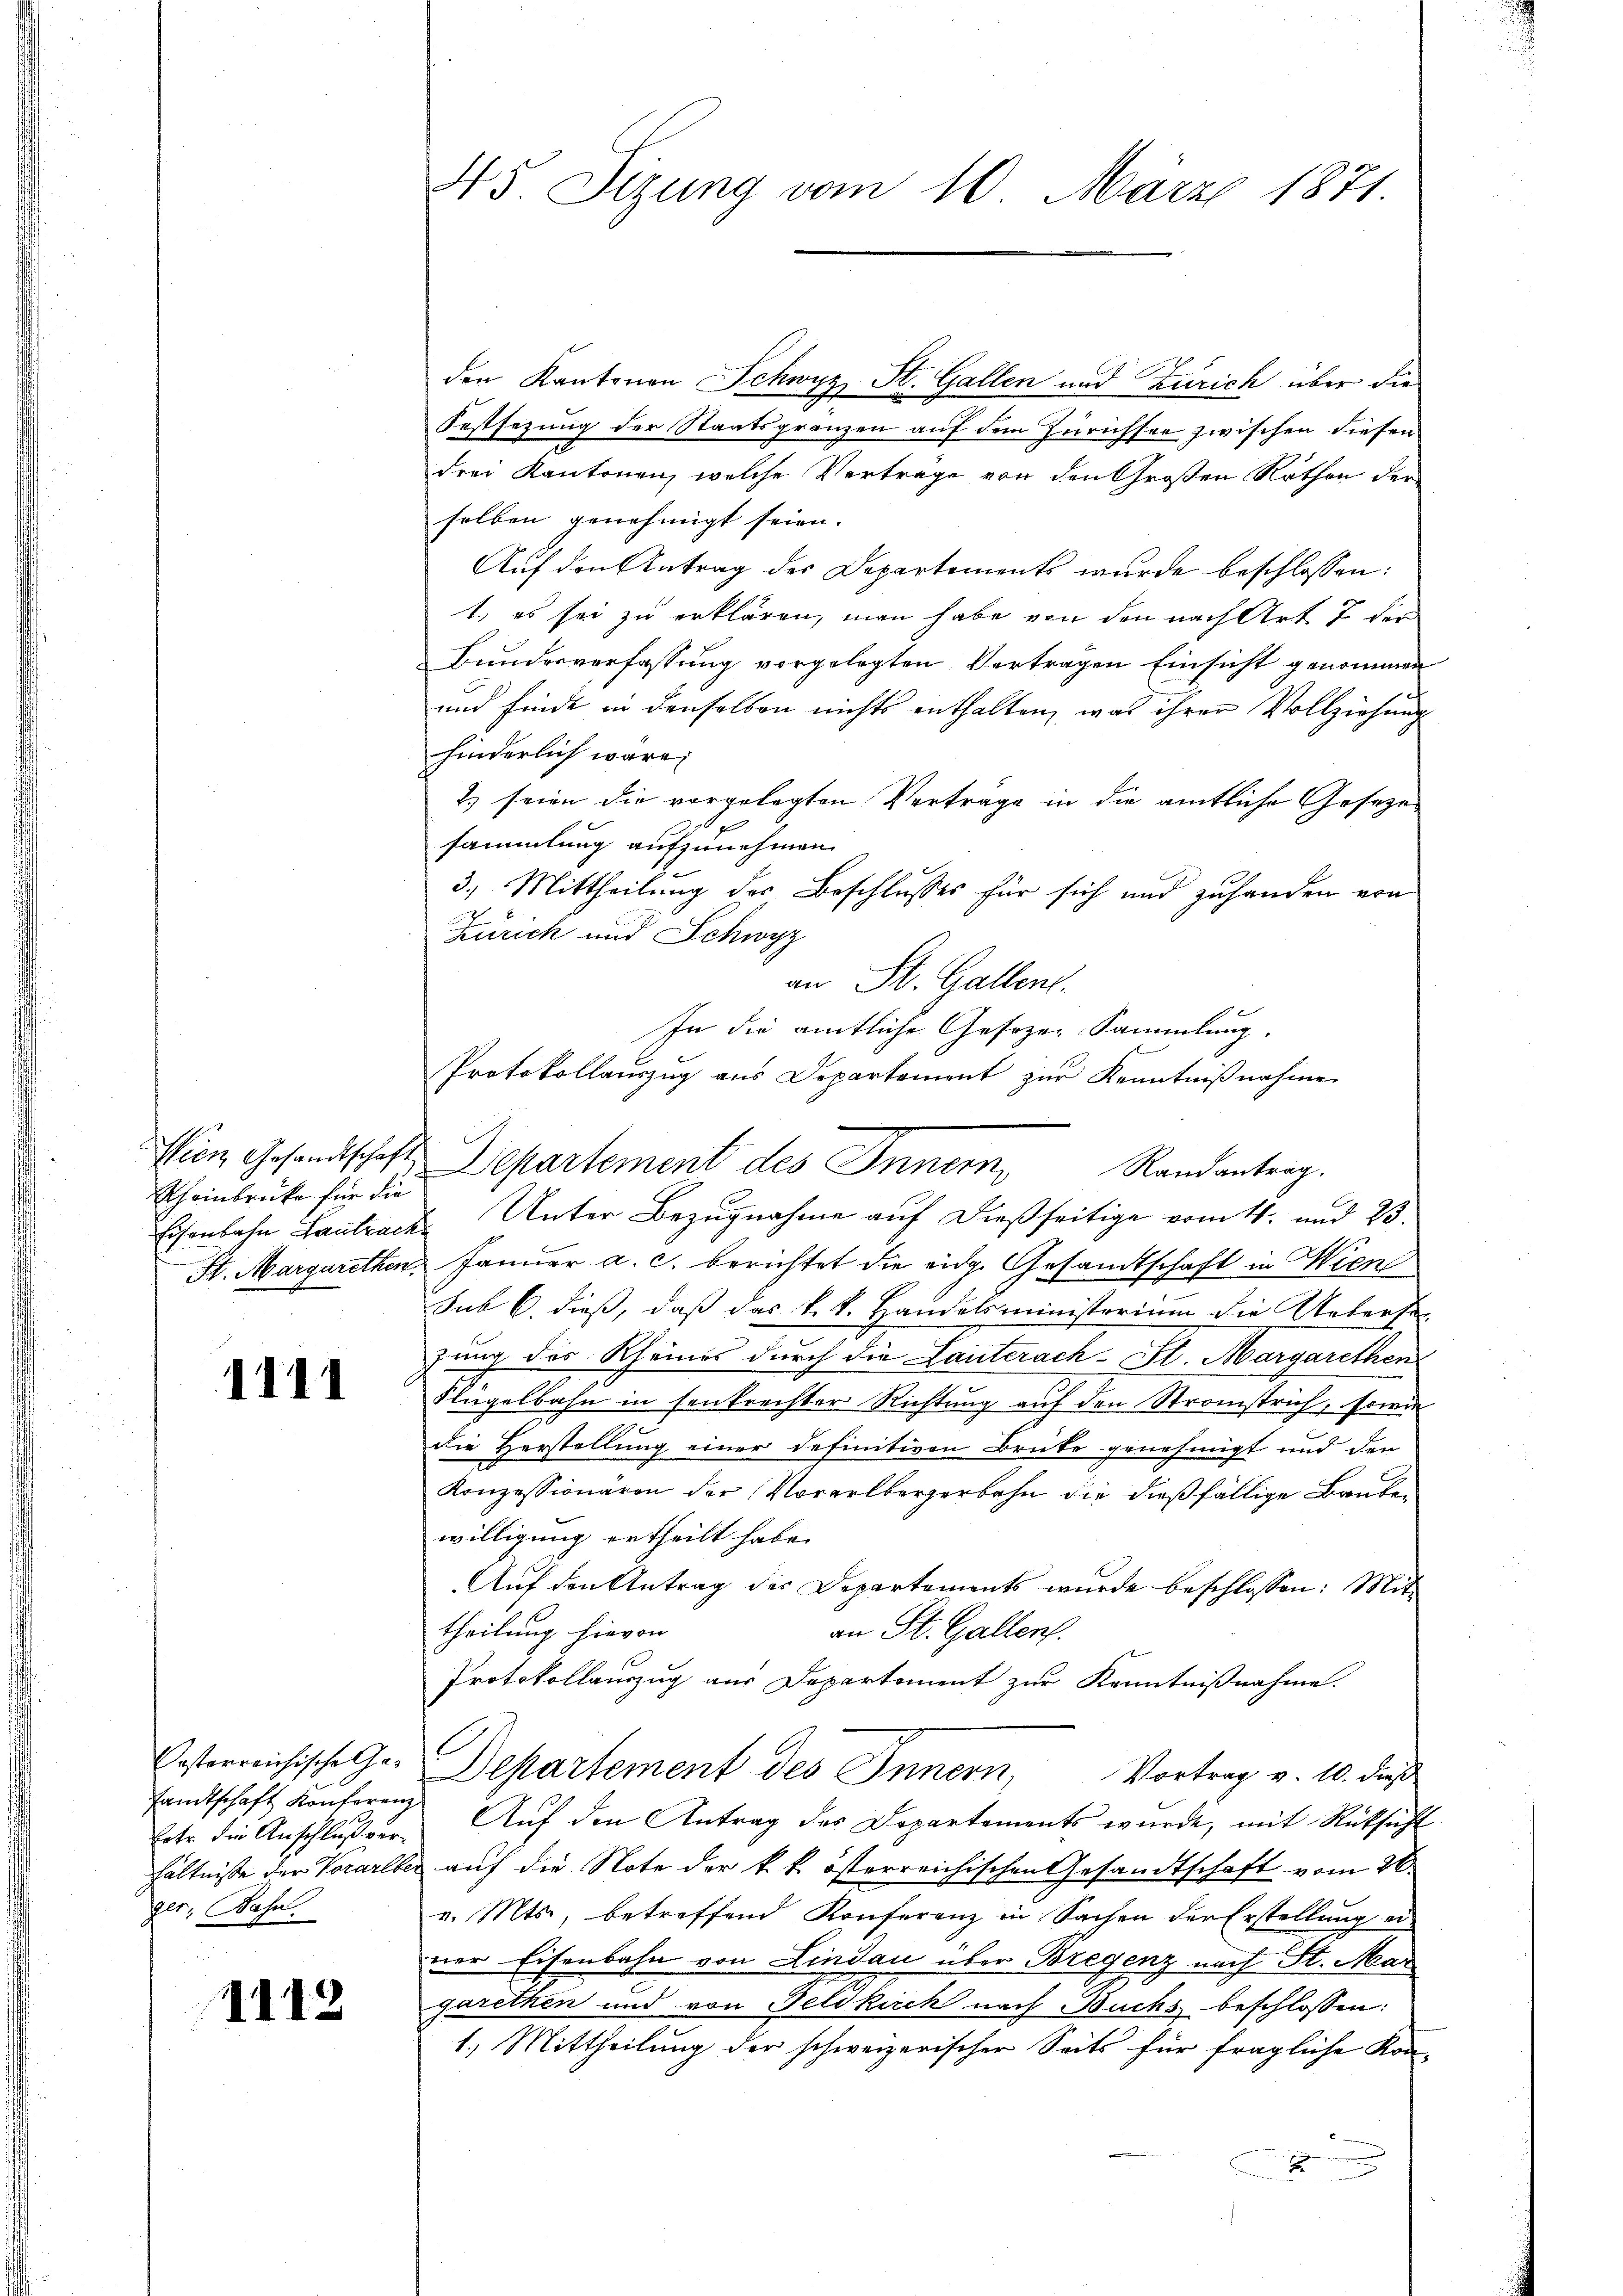
Rheinbrücke für die

1111

sandtschaft Konferenz
Lotr. die Anschlußverger, Bahn.

1112

den Kantonen Schwyz, St. Gallen und Zürich über die
Festsezung der Staatsgränzen auf dem Zürichsee zwischen diesen
drei Kantonen, welche Verträge von den Großen Rathen der
selben genehmigt seien. |
Auf den Antrag der Departements wurde beschlossen:
1., es sei zu erklären, man habe von den nach Art 7 der
Bundesverfassung vorgelegten Vertragen Einsicht genommen
und finde in denselben nichts enthalten, was ihrer Vollziehung
hinderlich wäre,
2) seien die vorgelegten Verträge in die amtliche Gesezes
sammlung aufzunehmen.
3.) Mittheilung des Beschlusses für sich und zuhanden von
Zürich und Schwyz
an St. Gallen.
In die amtliche Gesezen Sammlung.
Protokollauszug aus Departement zur Kenntnißnahme

45. Sizung vom 10. März 1871.

Wien Gesandtschaft Departement des Innern,
Randantrag.
Eisenbahn Lantrack. Unter Bezugnahme auf dießseitige vom 4. und 23.

St. Margarethen Januar a. c. berichtet die eidg. Gesandtschaft in Wien
sub 6. dieß, daß das k.k. Handelsministerium die Ueberse
zung des Rheines durch die Lauterach-St. Margarethen
Flügelbahn in senkrechter Richtung auf den Stromstrich, sowie
die Herstellung einer definitiven Brüte genehmigt und den
Konzessionären der Vorarlbergerbahn die dießfällige Bauben
willigung ertheilt habe.
Auf den Antrag der Departements wurde beschlossen: Mit
an St. Gallen.
theilung hievon
Protokollauszug aus Departement zur Kenntnißnahme.
Posterreichische Gr. Departement des Innern, Vortrag v. 10. dieß
Auf den Antrag des Departements wurde, mit Rücksicht
hältnisse der Vorarlber auf die Note der k. k. österreichischen Gesandtschaft vom 26.
v. Mts., betreffend Konferenz in Sachen der Erstellung ei
ner Eisenbahn von Lindau über Bregenz nach St. Mar
garethen und von Feldkirch nach Buchs beschlossen:
1.) Mittheilung der schweizerischer Seits für fragliche Kon¬